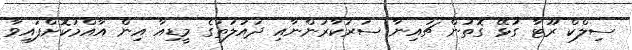
ސިލްކް ރޫޓާ ގުޅޭ ގޮތުން ޗައިނާ ސަރުކާރުންނާއި ދައުލަތުގެ މީޑިއާ އިން އާއްމުކޮށްފައިވާ